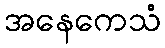
အနေကေသံ